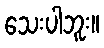
သေးပါဘူး။